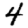
Digit: 4